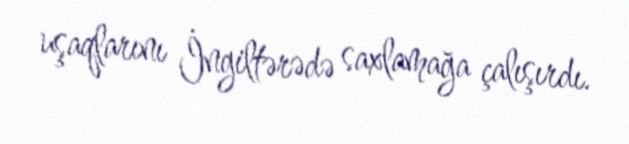
uşaqlarını İngiltərədə saxlamağa çalışırdı.